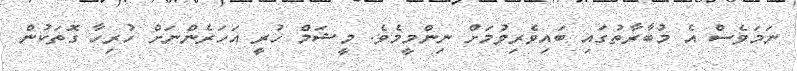
ނަމަވެސް އެ މުބާރާތުގައި ބައިވެރިވުމަށް ނިންމީމެވެ. މީޝަމް ހުރީ އަހަރެންނަށް ހުރިހާ ގޮތަކުން